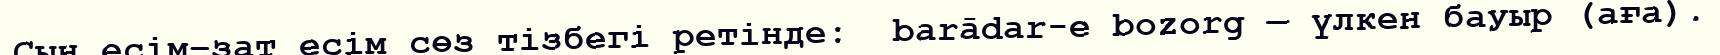
Сын есім–зат есім сөз тізбегі ретінде:  barādar-e bozorg — үлкен бауыр (аға).